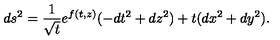
d s ^ { 2 } = \frac { 1 } { \sqrt { t } } e ^ { f ( t , z ) } ( - d t ^ { 2 } + d z ^ { 2 } ) + t ( d x ^ { 2 } + d y ^ { 2 } ) .